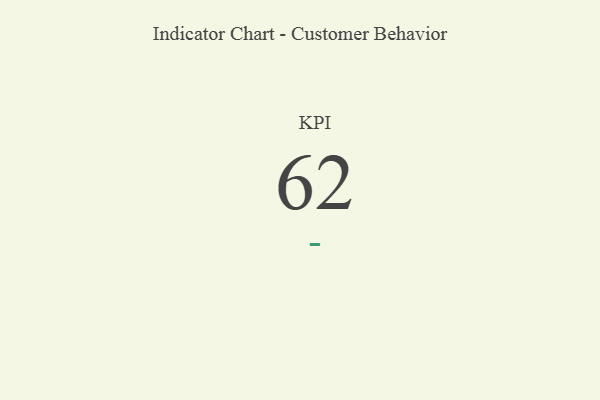
{"axis": {"x": "KPI", "y": "Value"}, "legend": [""], "data": [{"x": "KPI", "y": 62, "type": ""}]}